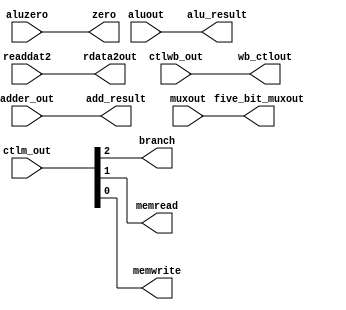
`timescale 1ns / 1ps
/* ex_mem.v */
module ex_mem(
	input	wire	[1:0]		ctlwb_out,
	input	wire	[2:0]		ctlm_out,
	input	wire	[31:0]		adder_out,
	input	wire				aluzero,
	input	wire	[31:0]		readdat2,
	input	wire	[31:0]		aluout,
	input	wire	[4:0]		muxout,
	output	reg		[1:0]		wb_ctlout,
	output	reg					branch,
	output	reg					memread,
	output	reg					memwrite,
	output	reg		[31:0]		add_result,
	output	reg					zero,
	output	reg		[31:0]		alu_result,
	output	reg		[31:0]		rdata2out,
	output	reg		[4:0]		five_bit_muxout
    );

	initial begin
		wb_ctlout 		<= 0; 
		branch 			<= 0; 
		memread 		<= 0;
		memwrite 		<= 0;
		add_result 		<= 0;
		zero 			<= 0;
		alu_result 		<= 0;
		rdata2out 		<= 0;
		five_bit_muxout <= 0;
	end

	always@* begin
		#1 //Update Delay
		
		//Use Fig 3.7 to assign the inputs to the outputs 
		wb_ctlout 		<= ctlwb_out;
		branch 			<= ctlm_out[2];    
		memread 		<= ctlm_out[1];
		memwrite 		<= ctlm_out[0];    
        add_result 		<= adder_out;   
		zero 			<= aluzero;
		alu_result 		<= aluout;
		rdata2out 		<= readdat2;
		five_bit_muxout <= muxout;
	end

endmodule // ex_mem